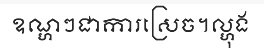
ឧណ្ហៗជាការស្រេច។ល្ហុង